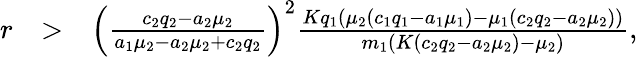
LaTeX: \begin{array}{rlr}{r}&{>}&{\left(\frac{c_{2}q_{2}-a_{2}\mu_{2}}{a_{1}\mu_{2}-a_{2}\mu_{2}+c_{2}q_{2}}\right)^{2}\frac{Kq_{1}(\mu_{2}(c_{1}q_{1}-a_{1}\mu_{1})-\mu_{1}(c_{2}q_{2}-a_{2}\mu_{2}))}{m_{1}(K(c_{2}q_{2}-a_{2}\mu_{2})-\mu_{2})},}\end{array}